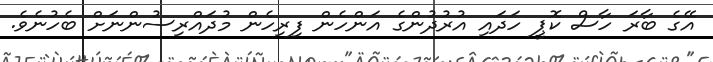
އޭގެ ބާރަ ހާސް ކޮޕީ ހަދައި އުރުދުންގެ އަންހެން ފިރިހެން މުދައްރިސުންނަށް ބެހުނެވެ.